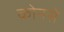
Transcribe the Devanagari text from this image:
कोनसे